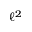
\ell ^ { 2 }